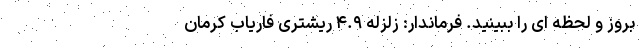
بروز و لحظه ای را ببینید. فرماندار: زلزله ۴.۹ ریشتری فاریاب کرمان